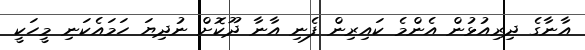
އާނާގެ ދިރިއުޅުން އެންމެ ކައިރިން ފެނި އާނާ ދޫކޮށް ނުދިޔަ ހަމައެކަނި މީހަކީ